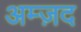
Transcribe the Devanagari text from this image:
अम्ज़द